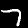
Label: 7